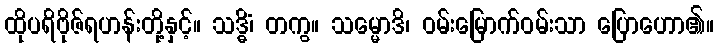
ထိုပရိဗိုဇ်ရဟန်းတို့နှင့်။ သဒ္ဓိံ၊ တကွ။ သမ္မောဒိ၊ ဝမ်းမြောက်ဝမ်းသာ ပြောဟော၏။